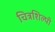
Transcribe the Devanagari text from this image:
चित्रशिल्पी